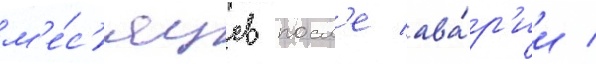
м'е́с'яцев посл'е ава́р'ии /